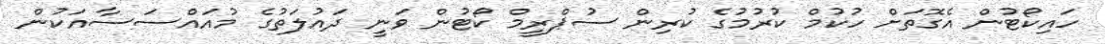
ހައިކޯޓުން އެގޮތަށް ހުކުމް ކުރުމުގެ ކުރިން ސުޕްރީމް ކޯޓުން ވަނީ ދައުލަތުގެ މުއައްސަސާއަކުން